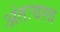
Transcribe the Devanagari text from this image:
अंतःवस्त्र